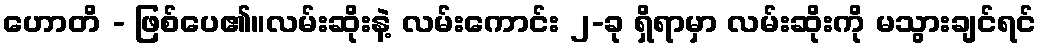
ဟောတိ - ဖြစ်ပေ၏။လမ်းဆိုးနဲ့ လမ်းကောင်း ၂-ခု ရှိရာမှာ လမ်းဆိုးကို မသွားချင်ရင်